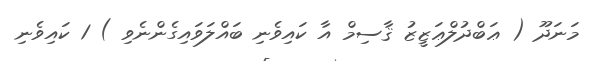
މަނަދޫ ( ޢަބްދުލްޢަޒީޒު ޤާސިމް އާ ކައިވެނި ބައްލަވައިގެންނެވި ) 1 ކައިވެނި